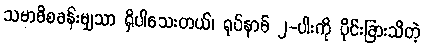
သမာဓိစခန်းမျှသာ ရှိပါသေးတယ်၊ ရုပ်နာမ် ၂-ပါးကို ပိုင်းခြားသိတဲ့